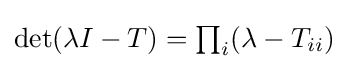
{\textstyle \det(\lambda I-T)=\prod _{i}(\lambda -T_{ii})}